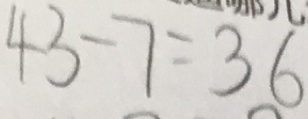
4 3 - 7 = 3 6